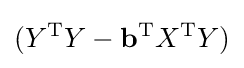
(Y^{\rm {T}}Y-\mathbf {b} ^{\rm {T}}X^{\rm {T}}Y)